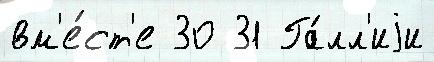
вм'е́ст'е 30 31 Га́лл'иjи